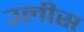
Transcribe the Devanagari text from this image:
उलीस